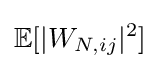
\mathbb {E} [|W_{N,ij}|^{2}]